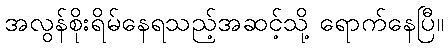
အလွန်စိုးရိမ်နေရသည့်အဆင့်သို့ ရောက်နေပြီ။